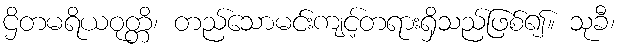
ဌိတမရိယဝုတ္တိ၊ တည်သောမင်းကျင့်တရားရှိသည်ဖြစ်၍။ သုခီ၊